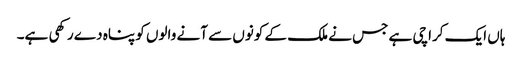
ہاں ایک کراچی ہے جس نے ملک کے کونوں سے آنے والوں کو پناہ دے رکھی ہے۔